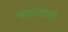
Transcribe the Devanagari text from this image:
चंद्रासाठी